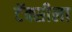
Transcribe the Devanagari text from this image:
टॅक्सीला